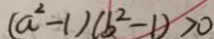
( a ^ { 2 } - 1 ) ( b ^ { 2 } - 1 ) > 0